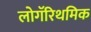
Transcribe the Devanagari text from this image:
लोगॅरिथमिक